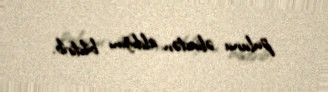
pulunu əlindən aldığını bildirib.